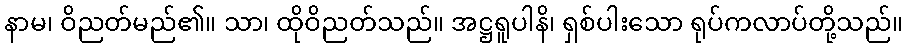
နာမ၊ ဝိညတ်မည်၏။ သာ၊ ထိုဝိညတ်သည်။ အဋ္ဌရူပါနိ၊ ရှစ်ပါးသော ရုပ်ကလာပ်တို့သည်။